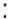
: